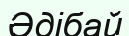
Әдібай